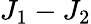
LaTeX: J_{1}-J_{2}